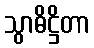
သွာဓိဋ္ဌိတာ